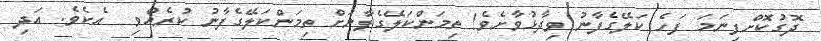
ދޮގުކޮށްފިނަމަ ފަހެ ކަލޭގެފާނު ވިދާޅުވާށެވެ! ތިމަންކަލޭގެފާނަށް ތިމަންކަލޭގެފާނު ކުރެއްވި  އެކެވެ. އަދި